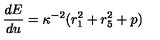
{ \frac { d E } { d u } } = \kappa ^ { - 2 } ( r _ { 1 } ^ { 2 } + r _ { 5 } ^ { 2 } + p )